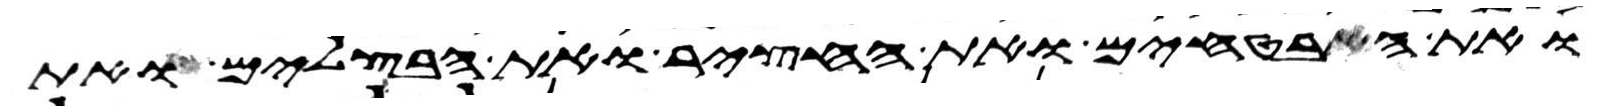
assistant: ואת הבטחים ואת החציר ואת הבצלים ואת